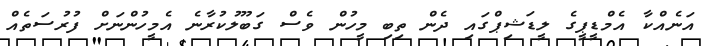
އަނެއްކާ އެމްޑީޕީގެ ލީޑަޝިޕްގައި ދެން ތިބި މީހުން ވެސް ގަބޫލުކުރާނެ އެމީހުންނަށް ފުރުސަތެއް